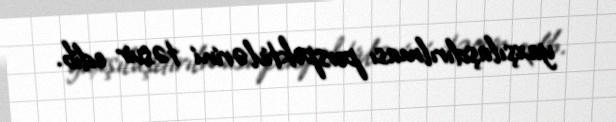
yaxşılaşdırılması perspektivlərini təsvir edib.